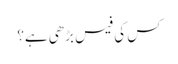
کس کی فیس بڑھی ہے؟